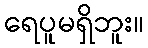
ရေပူမရှိဘူး။